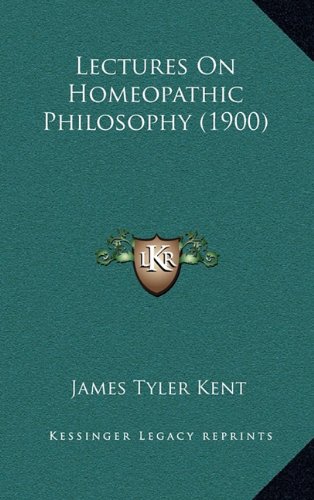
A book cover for Lectures On Homeopathic Philosophy (1900); James Tyler Kent; Literature & Fiction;